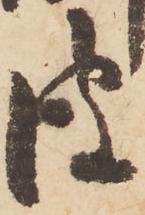
彼